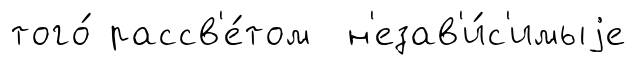
того́ рассв'е́том н'езав'и́с'имыjе